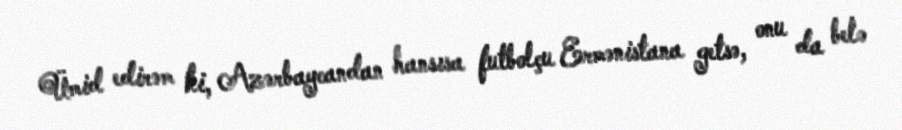
Ümid edirəm ki, Azərbaycandan hansısa futbolçu Ermənistana getsə, onu da belə